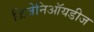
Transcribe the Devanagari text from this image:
जिजेनिऑयडीज